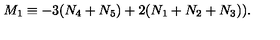
M _ { 1 } \equiv - 3 ( N _ { 4 } + N _ { 5 } ) + 2 ( N _ { 1 } + N _ { 2 } + N _ { 3 } ) ) .